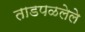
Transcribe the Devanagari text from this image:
ताडपळलेले